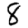
Digit: 8